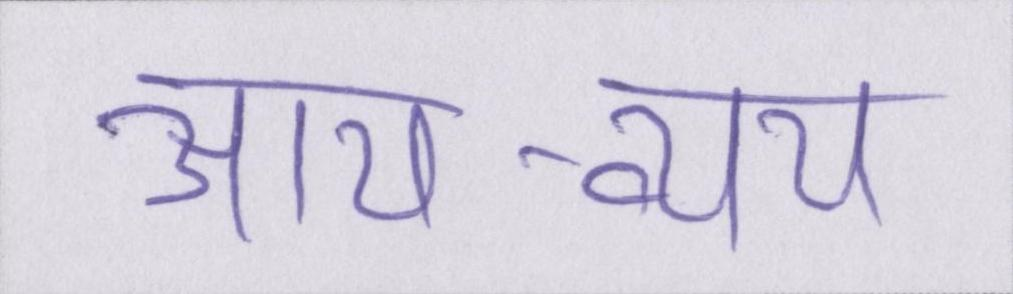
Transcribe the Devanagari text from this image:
आय-व्यय